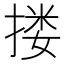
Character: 搂